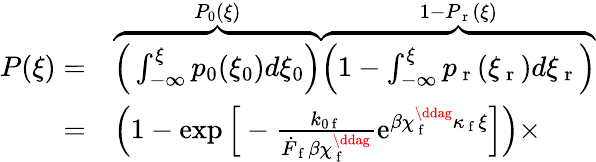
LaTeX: \begin{array}{rl}{P(\xi)=}&{{}\overbrace{\Big(\int_{-\infty}^{\xi}p_{0}(\xi_{0})d\xi_{0}\Big)}^{P_{0}(\xi)}\overbrace{\Big(1-\int_{-\infty}^{\xi}p_{\mathrm{~r~}}(\xi_{\mathrm{~r~}})d\xi_{\mathrm{~r~}}\Big)}^{1-P_{\mathrm{~r~}}(\xi)}}\\ {=}&{{}\Big(1-\exp\Big[-\frac{k_{0\mathrm{~f~}}}{\dot{F}_{\mathrm{~f~}}\beta\chi_{\mathrm{~f~}}^{\ddag}}\mathrm{e}^{\beta\chi_{\mathrm{~f~}}^{\ddag}\kappa_{\mathrm{~f~}}\xi}\Big]\Big)\times}\end{array}